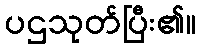
ပဌသုတ်ပြီး၏။